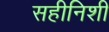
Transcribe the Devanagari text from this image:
सहीनिशी